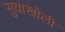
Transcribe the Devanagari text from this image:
सुवाखोली